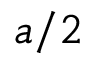
a / 2